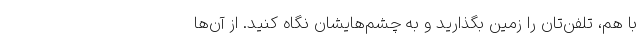
با هم، تلفن‌تان را زمین بگذارید و به چشم‌هایشان نگاه کنید. از آن‌ها